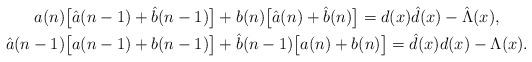
LaTeX: \begin{gather*} a(n) \bigl\lbrack \hat{a}(n-1) + \hat{b}(n-1) \bigr\rbrack + b(n)\bigl\lbrack \hat{a}(n) +\hat{b}(n) \bigr\rbrack = d(x) {\hat{d}}(x)- \hat{\Lambda} ( x), \\ \hat{a}(n-1) \bigl\lbrack a(n-1) + b(n-1) \bigr\rbrack +\hat{b}(n-1) \bigl\lbrack a(n) + b(n)\bigr\rbrack = {\hat{d}}(x) d(x)- \Lambda ( x). \end{gather*}